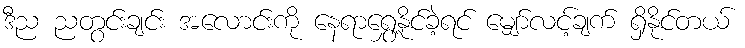
ဒီည ညတွင်းချင်း အလောင်းကို နေရာရွှေ့နိုင်ခဲ့ရင် မျှော်လင့်ချက် ရှိနိုင်တယ်